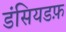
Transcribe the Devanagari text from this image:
डंसियडफ़